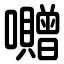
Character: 囎